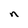
Character: n